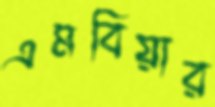
এমবিয়ার